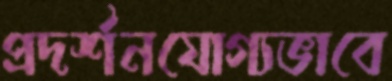
প্রদর্শনযোগ্যভাবে